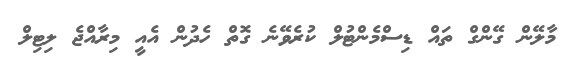
މާލޭން ގޭންގް ތައް ޑިސްމެންޓުލް ކުރެވޭނެ ގޮތް ހެދުން އެއީ މިރާއްޖެ ލިޓިލް